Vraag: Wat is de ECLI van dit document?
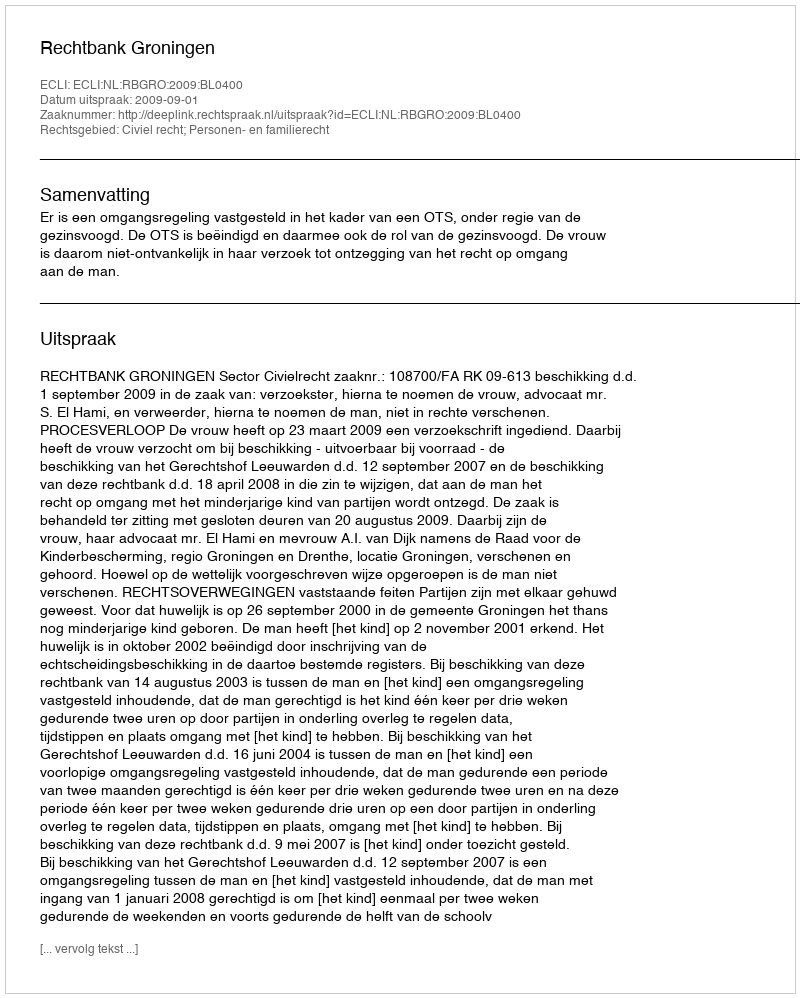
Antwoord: ECLI:NL:RBGRO:2009:BL0400